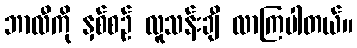
ဘာလီကို နှစ်စဉ် လူသန်းချီ လာကြပါတယ်။